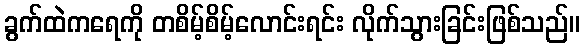
ခွက်ထဲကရေကို တစိမ့်စိမ့်လောင်းရင်း လိုက်သွားခြင်းဖြစ်သည်။